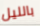
بالليل